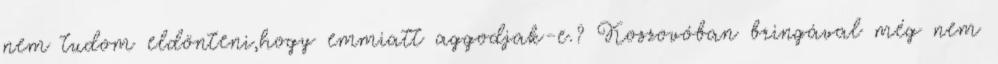
nem tudom eldönteni,hogy emmiatt aggodjak-e.? Koszovóban bringával még nem